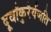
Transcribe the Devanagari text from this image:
दूर्वांकुरैर्यजति